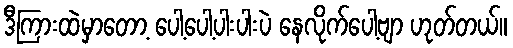
ဒီကြားထဲမှာတော့ ပေါ့ပေါ့ပါးပါးပဲ နေလိုက်ပေါ့ဗျာ ဟုတ်တယ်။